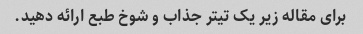
برای مقاله زیر یک تیتر جذاب و شوخ طبع ارائه دهید.